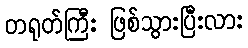
တရုတ်ကြီး ဖြစ်သွားပြီးလား